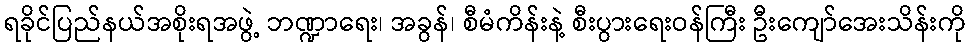
ရခိုင်ပြည်နယ်အစိုးရအဖွဲ့ ဘဏ္ဍာရေး၊ အခွန်၊ စီမံကိန်းနဲ့ စီးပွားရေးဝန်ကြီး ဦးကျော်အေးသိန်းကို